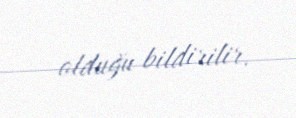
olduğu bildirilir.